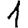
Digit: 1